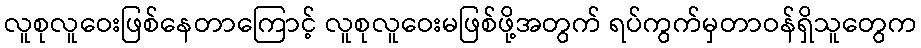
လူစုလူဝေးဖြစ်နေတာကြောင့် လူစုလူဝေးမဖြစ်ဖို့အတွက် ရပ်ကွက်မှတာဝန်ရှိသူတွေက